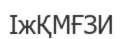
ІжҚМҒЗИ